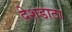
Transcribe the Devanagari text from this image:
देशडाटा